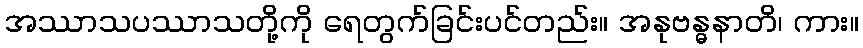
အဿာသပဿာသတို့ကို ရေတွက်ခြင်းပင်တည်း။ အနုဗန္ဓနာတိ၊ ကား။